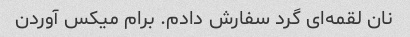
نان لقمه‌ای گرد سفارش دادم. برام میکس آوردن